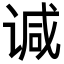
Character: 𫍯